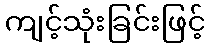
ကျင့်သုံးခြင်းဖြင့်